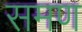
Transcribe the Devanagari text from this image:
समण